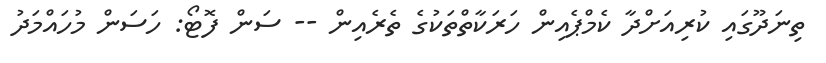
ތިނަދޫގައި ކުރިއަށްދާ ކެމްޕެއިން ހަރަކާތްތަކުގެ ތެރެއިން -- ސަން ފޮޓޯ: ހަސަން މުހައްމަދު